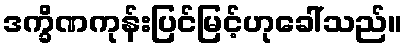
ဒက္ခိဏကုန်းပြင်မြင့်ဟုခေါ်သည်။